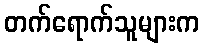
တက်ရောက်သူများက